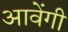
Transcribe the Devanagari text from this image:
आवेंगी